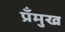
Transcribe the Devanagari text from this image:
प्रँमुख